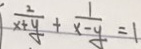
\frac { 2 } { x + y } + \frac { 1 } { x - y } = 1